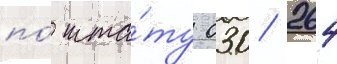
по́ шта́ту 030/ 264